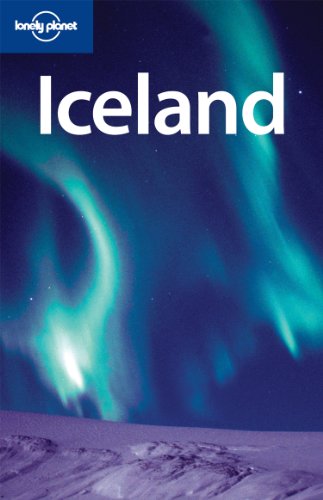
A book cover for Iceland (Lonely Planet Country Guide); Brandon Presser; Travel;